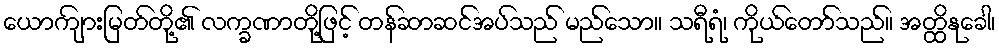
ယောကျ်ားမြတ်တို့၏ လက္ခဏာတို့ဖြင့် တန်ဆာဆင်အပ်သည် မည်သော။ သရီရံ၊ ကိုယ်တော်သည်။ အတ္ထိနုခေါ၊